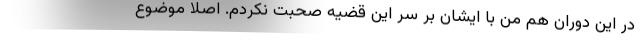
در این دوران هم من با ایشان بر سر این قضیه صحبت نکردم. اصلا موضوع